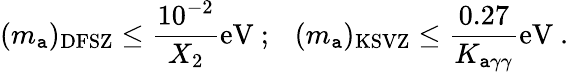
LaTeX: (m_{\mathtt{a}})_{\mathrm{{DFSZ}}}\leq\frac{{10^{-2}}}{{X_{2}}}\mathrm{{eV}}~;~~~(m_{\mathtt{a}})_{\mathrm{{KSVZ}}}\leq\frac{{0.27}}{{K_{\mathtt{a}\gamma\gamma}}}\mathrm{{eV}}~.